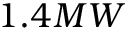
1 . 4 M W